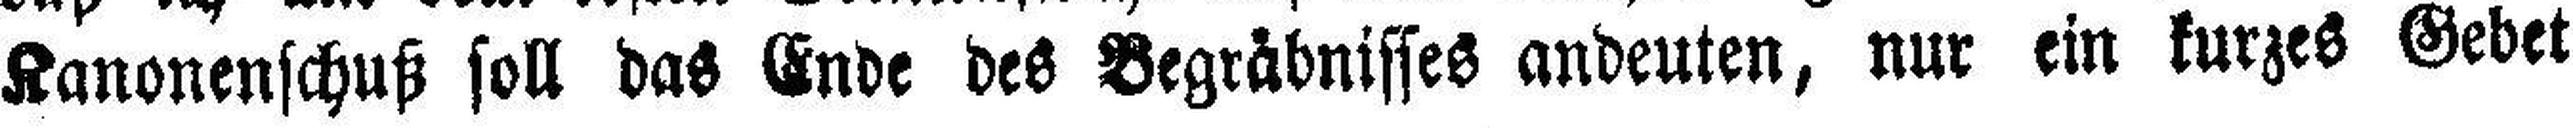
Kanonenschuß soll das Ende des Begräbnisses andeuten, nur ein kurzes Gebet